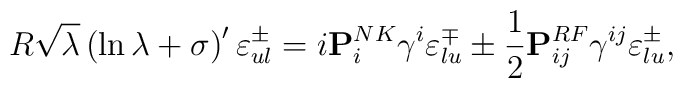
R \sqrt{\lambda} \left( \ln {\lambda} + \sigma \right) ' \varepsilon^{\pm}_{ul} = i {\bf P}^{NK}_i \gamma^i \varepsilon^{\mp}_{lu} \pm {1 \over 2} {\bf P}_{ij}^{RF} \gamma^{ij} \varepsilon^{\pm}_{lu} ,